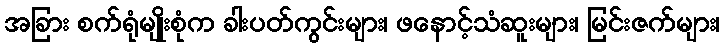
အခြား စက်ရုံမျိုးစုံက ခါးပတ်ကွင်းများ၊ ဖနောင့်သံဆူးများ၊ မြင်းဇက်များ၊